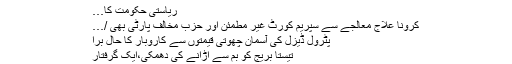
ریاستی حکومت کا…
کرونا علاج معالجے سے سپریم کورٹ غیر مطمئن اور حزب مخالف پارٹی بھی /…
پٹرول ڈیزل کی آسمان چھوتی قیمتوں سے کاروبار کا حال برا
تیستا بریج کو بم سے اڑانے کی دھمکی،ایک گرفتار